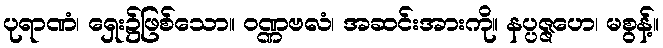
ပုရာဏံ၊ ရှေး၌ဖြစ်သော။ ဝဏ္ဏဗလံ၊ အဆင်းအားကို။ နပ္ပဇ္ဇဟေ၊ မစွန့်။